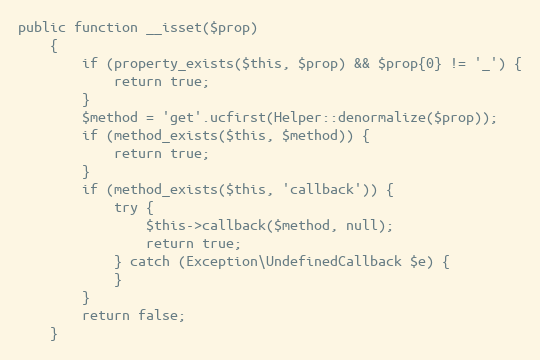
Language: PHP
public function __isset($prop)
    {
        if (property_exists($this, $prop) && $prop{0} != '_') {
            return true;
        }
        $method = 'get'.ucfirst(Helper::denormalize($prop));
        if (method_exists($this, $method)) {
            return true;
        }
        if (method_exists($this, 'callback')) {
            try {
                $this->callback($method, null);
                return true;
            } catch (Exception\UndefinedCallback $e) {
            }
        }
        return false;
    }